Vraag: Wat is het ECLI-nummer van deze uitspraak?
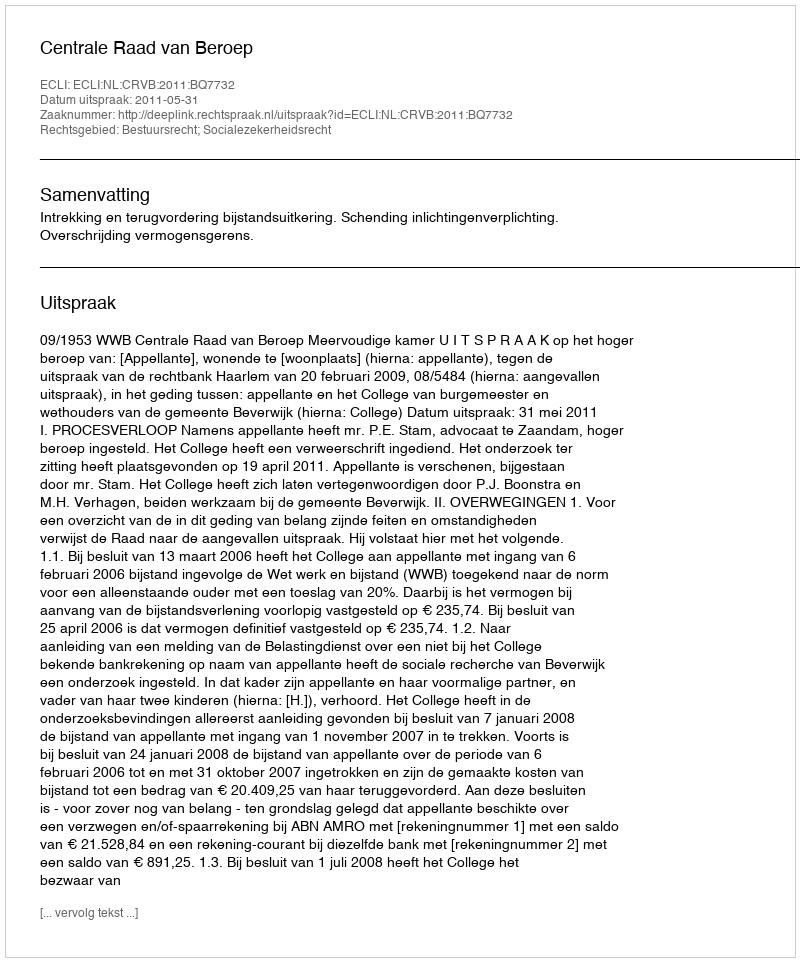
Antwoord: ECLI:NL:CRVB:2011:BQ7732